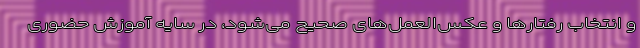
و انتخاب رفتارها و عکس‌العمل‌های صحیح می‌شود، در سایه آموزش حضوری